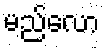
မည်လော